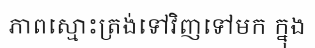
ភាពស្មោះត្រង់ទៅវិញទៅមក ក្នុង